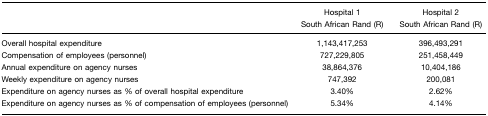
<table><thead><tr><td>[EMPTY_CELL]</td><td><b>Hospital 1 South African Rand (R)</b></td><td><b>Hospital 2 South African Rand (R)</b></td></tr></thead><tbody><tr><td>Overall hospital expenditure</td><td>1,143,417,253</td><td>396,493,291</td></tr><tr><td>Compensation of employees (personnel)</td><td>727,229,805</td><td>251,458,449</td></tr><tr><td>Annual expenditure on agency nurses</td><td>38,864,376</td><td>10,404,186</td></tr><tr><td>Weekly expenditure on agency nurses</td><td>747,392</td><td>200,081</td></tr><tr><td>Expenditure on agency nurses as % of overall hospital expenditure</td><td>3.40%</td><td>2.62%</td></tr><tr><td>Expenditure on agency nurses as % of compensation of employees (personnel)</td><td>5.34%</td><td>4.14%</td></tr></tbody></table>